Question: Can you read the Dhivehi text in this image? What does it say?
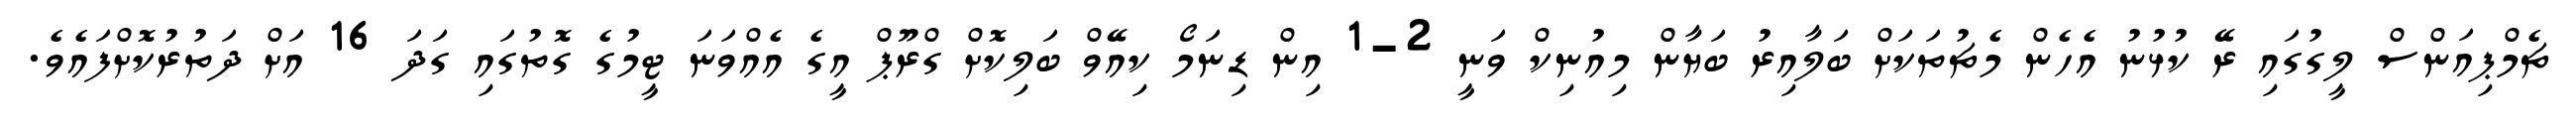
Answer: ޗެމްޕިއަންސް ލީގުގައި ރޭ ކުޅުނު އެހެން މެޗުތަކަށް ބަލާއިރު ބަޔާން މިއުނިކް ވަނީ 2-1 އިން ޑިނަމޯ ކިއޭވް ބަލިކޮށް ގްރޫޕް އީގެ އެއްވަނަ ޓީމުގެ ގޮތުގައި ގަދަ 16 އަށް ދަތުރުކޮށްފައެވެ.